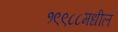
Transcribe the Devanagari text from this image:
१९९८८मधील